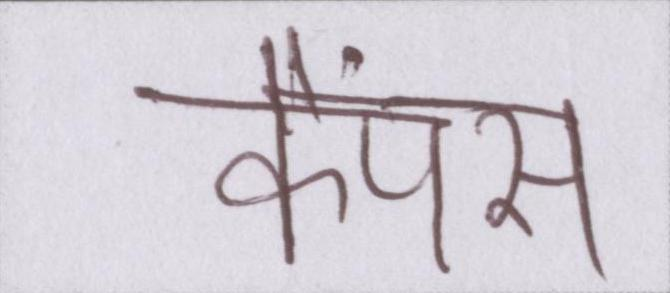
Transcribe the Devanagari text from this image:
कैंपस